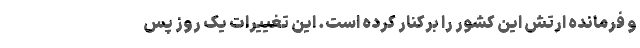
و فرمانده ارتش این کشور را برکنار کرده است. این تغییرات یک روز پس